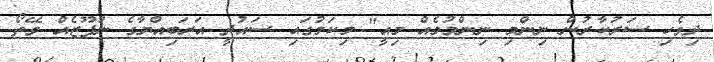
ދިވެހި ސަރުކާރުން ނިންމި ނިންމުމެއް މިއީ" މިކަމުގައި ސައުދީ އަރަބިއްޔާގެ ނުފޫޒެއް ވޭތޯ